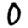
Digit: 0